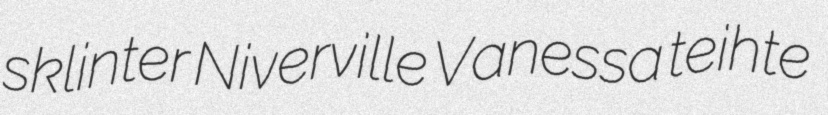
sklinter Niverville Vanessa teihte